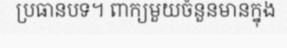
ប្រធានបទ។ ពាក្យមួយចំនួនមានក្នុង